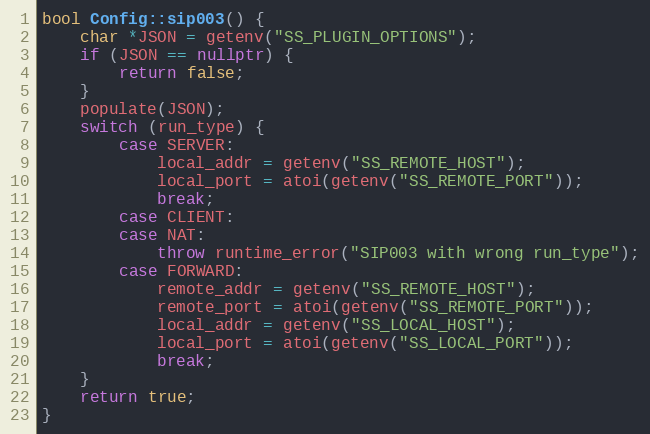
Language: C++
bool Config::sip003() {
    char *JSON = getenv("SS_PLUGIN_OPTIONS");
    if (JSON == nullptr) {
        return false;
    }
    populate(JSON);
    switch (run_type) {
        case SERVER:
            local_addr = getenv("SS_REMOTE_HOST");
            local_port = atoi(getenv("SS_REMOTE_PORT"));
            break;
        case CLIENT:
        case NAT:
            throw runtime_error("SIP003 with wrong run_type");
        case FORWARD:
            remote_addr = getenv("SS_REMOTE_HOST");
            remote_port = atoi(getenv("SS_REMOTE_PORT"));
            local_addr = getenv("SS_LOCAL_HOST");
            local_port = atoi(getenv("SS_LOCAL_PORT"));
            break;
    }
    return true;
}